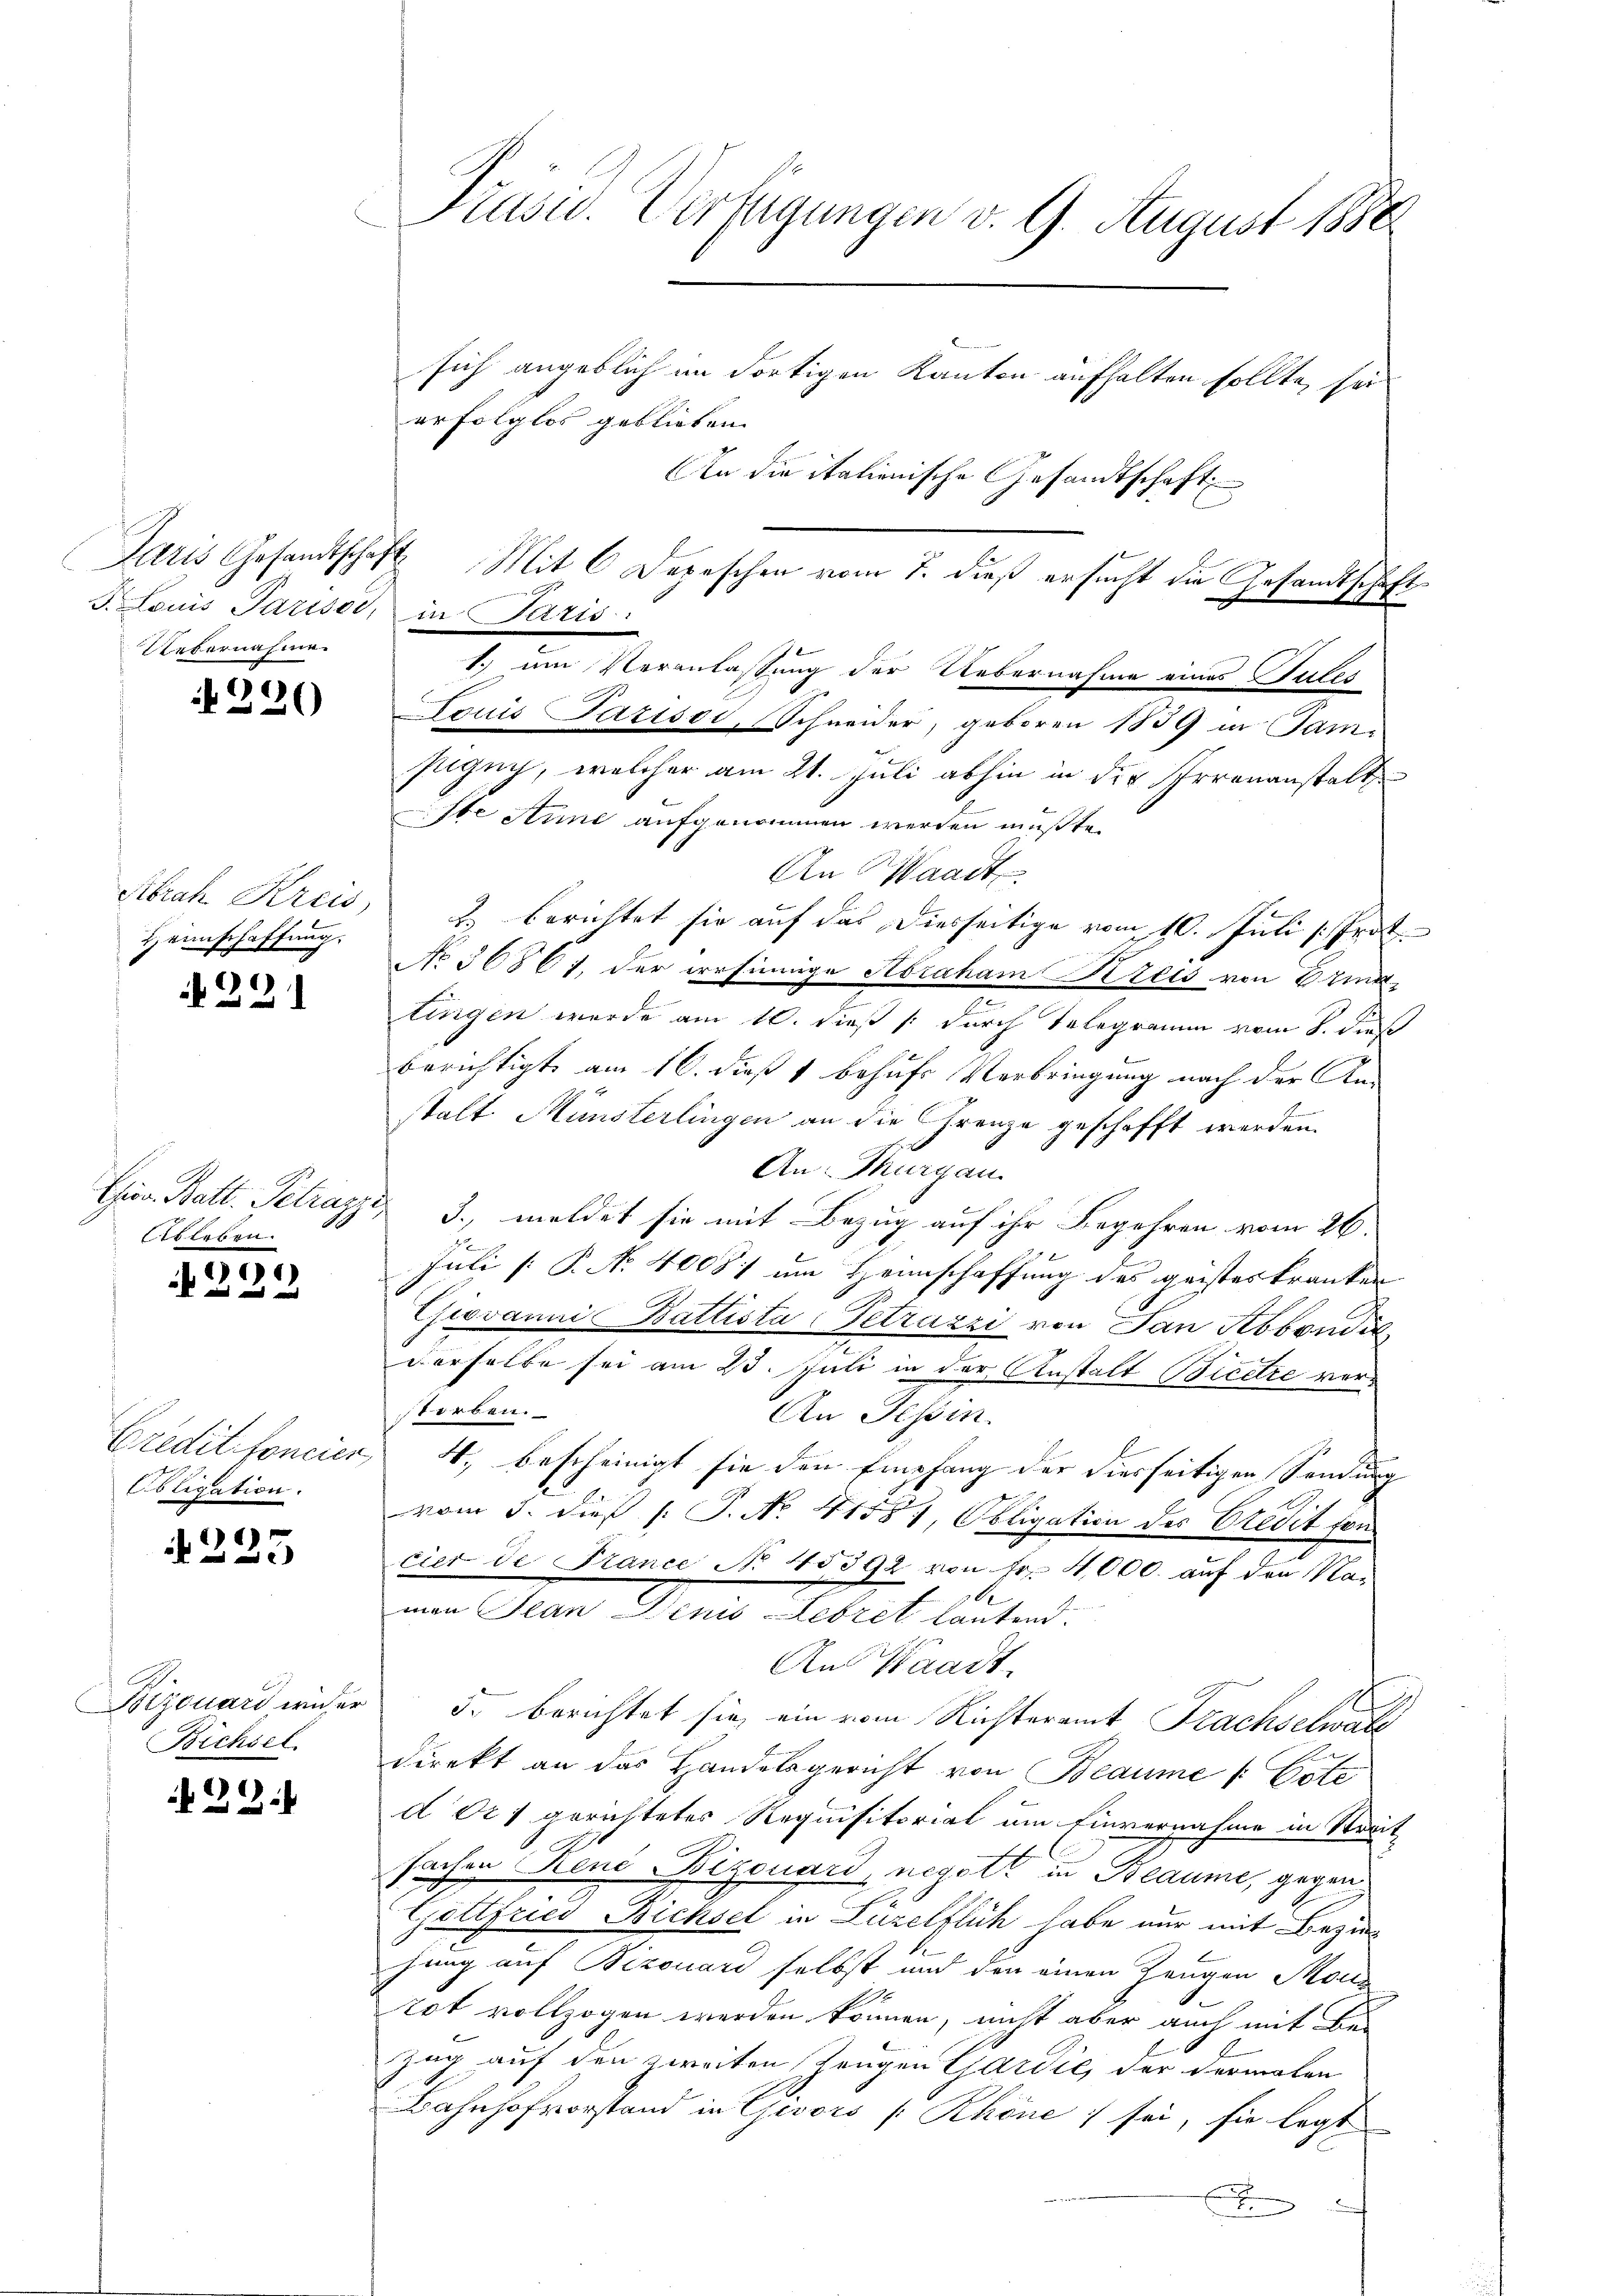
J. Louis Pariser, in Paris
Uebernahme

)
20

Heimschaffung.

221

bleben.

).1)
 0 f 0 x

Credit foncier
bligation.

N 225

A.
Bichsel.

N 29.

Präsid. Verfügungen v. 9. August 1880.

sich angeblich im dortigen Kanton aufhalten sollte, sei
erfolglos geblieben.
An die italienische Gesandtschaft
Paris Gesandtschaft Mit 6 Depeschen vom 7. dieß ersucht die Gesandtschaft
1.) um Veranlassung der Uebernahme eines Tales
Douis Parisoi, Schneider, geboren 1839 in Samsilguch, welcher am 21. Juli abhin in die Irrenanstalt
Ite Anne aufgenommen werden mußte.
An Waadt
Abrah. Kreis, u. berichtet sie auf das Diesseitige vom 10. Juli [ Jrat.
No 36861, der irrsinnige Abraham Kreis von Brie
lingen wurde am 10. dieß (: durch Telegramm vom 8. dieß
berichtigt am 16. dieß 1 behufs Verbringung nach der An-
stalt Münsterlingen an die Grenze geschafft werden.
An Thurgau.
Civ. Batt. Petrazzi 3., meldet sie mit Bezug auf ihr Begehren vom 26.
x

Juli [ P. Nr. 40081 um Heimschaffung des geistes kranken
Giovanni Battista Getrazzi von San Abbondit
derselbe sei am 23. Juli in der Anstalt Bicere vortorben.
An Tessin.
 4., bescheinigt sie den Empfang der diesseitigen Sendung
vom 3. dieß P. Nr. 41581, Obligation des Credit fon
cier de France No 145392 von Fr. 4000. auf den Nab
men Jean Denis Leoret lautend.
Aus Waadt,
Bzouard wieder 5. berichtet sie, ein vom Richteramt Frachselwal
direkt an das Handelsgericht von Beaume / Vote
d Ort gerichtetes Requisitorial um Einvernahme in Streit
fachen René Bizouard, negott in Beaume, gegen
Gottfried Bichsel in Luzelflich habe nur mit Bezing
hung auf Bizouard selbst und den einen Zeugen Mous
tot vollzogen werden können, nicht aber auch mit Be-
Zug auf den zweiten Zeugen Gardić, der dermalen
Bahnhofvorstand in Gisors [Rhöne sei, sie legt
x